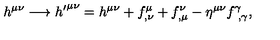
h ^ { \mu \nu } \longrightarrow { h ^ { \prime } } ^ { \mu \nu } = h ^ { \mu \nu } + f _ { , \nu } ^ { \mu } + f _ { , \mu } ^ { \nu } - \eta ^ { \mu \nu } f _ { \ , \gamma } ^ { \gamma } ,